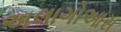
અલાગોઆસ